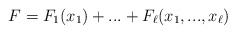
\begin{align*}F=F_{1}(x_{1})+...+F_{\ell}(x_{1},...,x_{\ell})\end{align*}